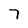
Character: 7